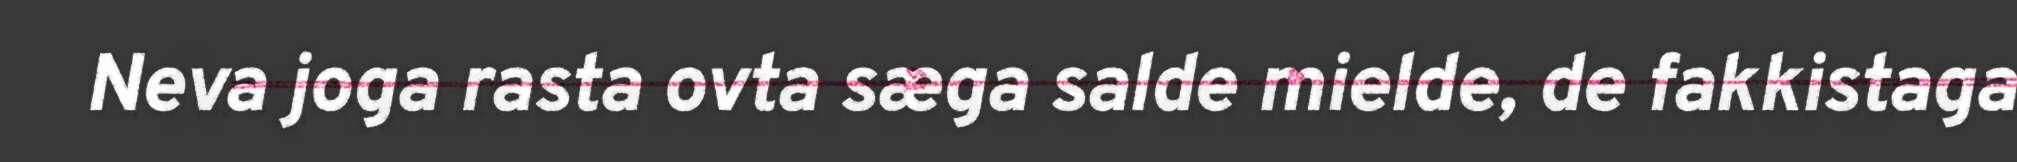
Neva joga rasta ovta sæga salde mielde, de fakkistaga